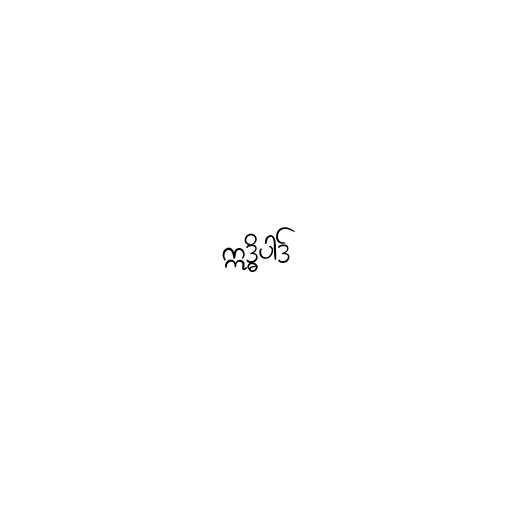
ဣဒ္ဓိပါဒ်